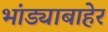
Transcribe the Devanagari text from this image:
भांड्याबाहेर